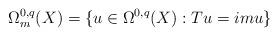
LaTeX: \begin{align*}\Omega_m^{0,q}(X)=\{u\in\Omega^{0,q}(X): Tu=imu\}\end{align*}